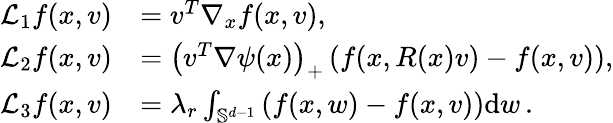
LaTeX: \begin{array}{rl}{\mathcal{L}_{1}f(x,v)}&{=v^{T}\nabla_{x}f(x,v),}\\ {\mathcal{L}_{2}f(x,v)}&{=\left(v^{T}\nabla\psi(x)\right)_{+}\left(f(x,R(x)v)-f(x,v)\right),}\\ {\mathcal{L}_{3}f(x,v)}&{=\lambda_{r}\int_{\mathbb S^{d-1}}\left(f(x,w)-f(x,v)\right)\mathrm{d}w\, .}\end{array}